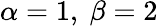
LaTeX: \alpha=1,~\beta=2